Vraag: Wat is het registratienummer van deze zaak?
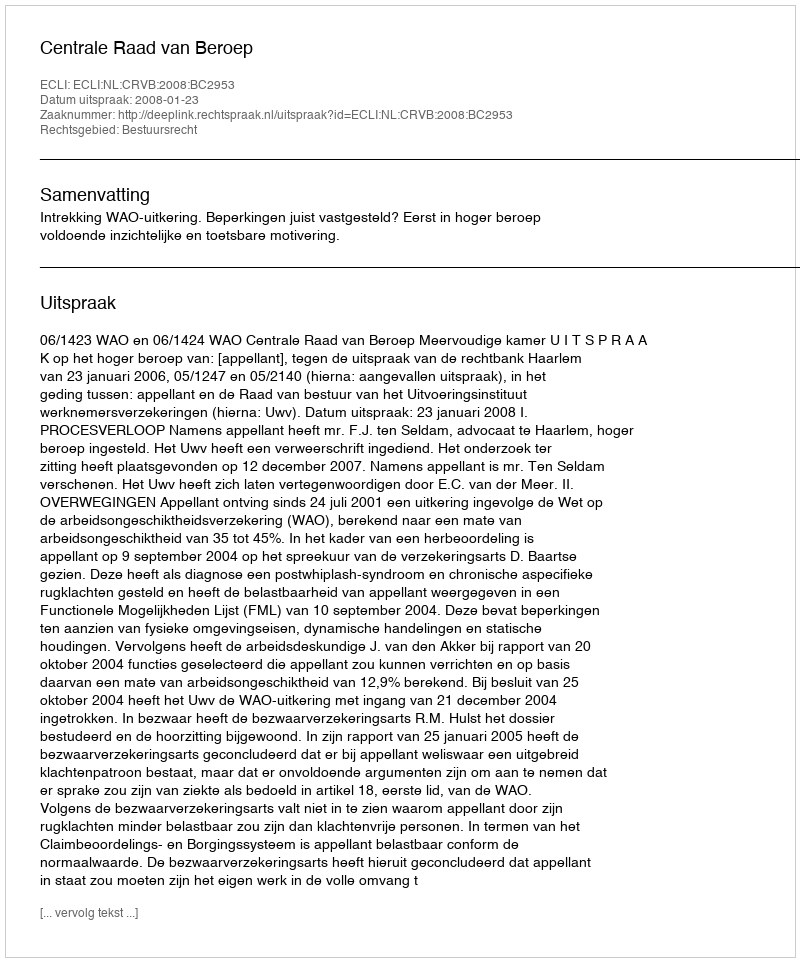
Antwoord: http://deeplink.rechtspraak.nl/uitspraak?id=ECLI:NL:CRVB:2008:BC2953